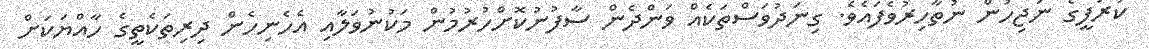
ކުރަފީގެ ނަޖިހުން ނުތާހިރުވެފައެވެ. ގިނަދުވަސްތަކެއް ވަންދެން ސާފުނުކޮށްހުރުމުން މަކުނުވަލާއި އެހެނިހެން ދިރިތަކެތީގެ ހާއްޔަކަށް